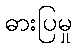
ဓားပြမှု